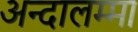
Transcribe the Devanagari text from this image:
अन्दालम्मा